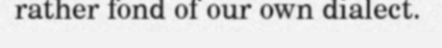
rather fond of our own dialect.